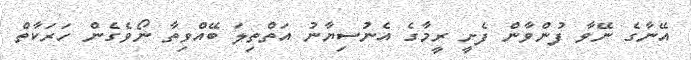
އޭނާގެ ނޭވާ ފުންވާން ފެށީ ރީމާގެ އެނުސިޔާނު އަތްތިލަ ބޭއްވިތާ ނޯވެގެން ހަރަކާތް